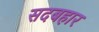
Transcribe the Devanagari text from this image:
सदबहार